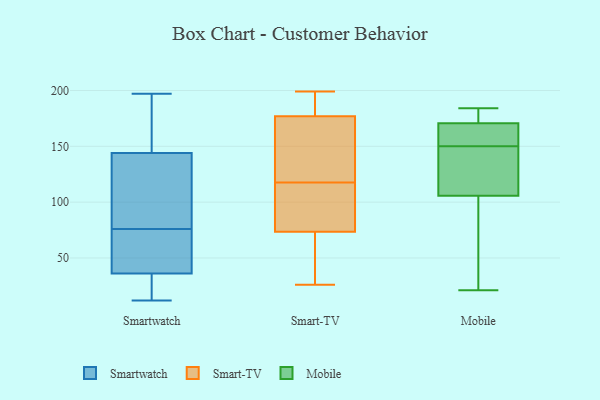
{"axis": {"x": "Demand Index", "y": "Value"}, "legend": ["Mobile", "Smart-TV", "Smartwatch"], "data": [{"x": "", "y": 28, "type": "Smartwatch"}, {"x": "", "y": 159, "type": "Smartwatch"}, {"x": "", "y": 114, "type": "Smartwatch"}, {"x": "", "y": 36, "type": "Smartwatch"}, {"x": "", "y": 67, "type": "Smartwatch"}, {"x": "", "y": 14, "type": "Smartwatch"}, {"x": "", "y": 144, "type": "Smartwatch"}, {"x": "", "y": 159, "type": "Smartwatch"}, {"x": "", "y": 144, "type": "Smartwatch"}, {"x": "", "y": 12, "type": "Smartwatch"}, {"x": "", "y": 197, "type": "Smartwatch"}, {"x": "", "y": 20, "type": "Smartwatch"}, {"x": "", "y": 67, "type": "Smartwatch"}, {"x": "", "y": 125, "type": "Smartwatch"}, {"x": "", "y": 79, "type": "Smartwatch"}, {"x": "", "y": 133, "type": "Smartwatch"}, {"x": "", "y": 67, "type": "Smartwatch"}, {"x": "", "y": 73, "type": "Smartwatch"}, {"x": "", "y": 199, "type": "Smart-TV"}, {"x": "", "y": 119, "type": "Smart-TV"}, {"x": "", "y": 190, "type": "Smart-TV"}, {"x": "", "y": 81, "type": "Smart-TV"}, {"x": "", "y": 76, "type": "Smart-TV"}, {"x": "", "y": 96, "type": "Smart-TV"}, {"x": "", "y": 164, "type": "Smart-TV"}, {"x": "", "y": 174, "type": "Smart-TV"}, {"x": "", "y": 180, "type": "Smart-TV"}, {"x": "", "y": 79, "type": "Smart-TV"}, {"x": "", "y": 71, "type": "Smart-TV"}, {"x": "", "y": 116, "type": "Smart-TV"}, {"x": "", "y": 30, "type": "Smart-TV"}, {"x": "", "y": 190, "type": "Smart-TV"}, {"x": "", "y": 174, "type": "Smart-TV"}, {"x": "", "y": 52, "type": "Smart-TV"}, {"x": "", "y": 26, "type": "Smart-TV"}, {"x": "", "y": 41, "type": "Smart-TV"}, {"x": "", "y": 159, "type": "Smart-TV"}, {"x": "", "y": 192, "type": "Smart-TV"}, {"x": "", "y": 173, "type": "Mobile"}, {"x": "", "y": 170, "type": "Mobile"}, {"x": "", "y": 184, "type": "Mobile"}, {"x": "", "y": 120, "type": "Mobile"}, {"x": "", "y": 93, "type": "Mobile"}, {"x": "", "y": 22, "type": "Mobile"}, {"x": "", "y": 109, "type": "Mobile"}, {"x": "", "y": 150, "type": "Mobile"}, {"x": "", "y": 145, "type": "Mobile"}, {"x": "", "y": 174, "type": "Mobile"}, {"x": "", "y": 21, "type": "Mobile"}, {"x": "", "y": 146, "type": "Mobile"}, {"x": "", "y": 181, "type": "Mobile"}, {"x": "", "y": 162, "type": "Mobile"}, {"x": "", "y": 153, "type": "Mobile"}, {"x": "", "y": 96, "type": "Mobile"}, {"x": "", "y": 158, "type": "Mobile"}]}